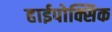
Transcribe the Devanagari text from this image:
हाईपोक्सिक